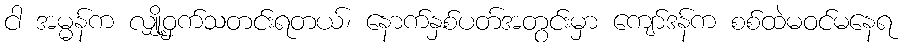
ငါ အမ္မန်က လျှို့ဝှက်သတင်းရတယ်၊ နောက်နှစ်ပတ်အတွင်းမှာ ကျော်ဒန်က စစ်ထဲမဝင်မနေရ